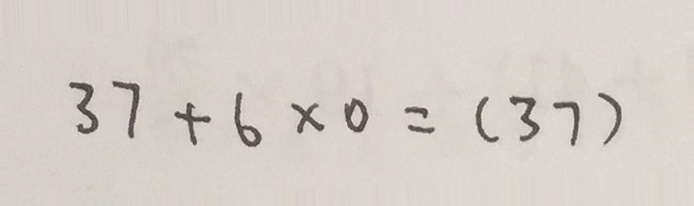
3 7 + 6 \times 0 = ( 3 7 )